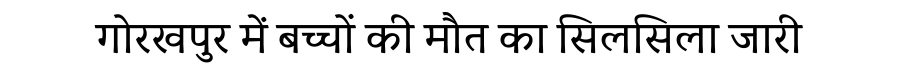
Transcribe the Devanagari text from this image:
गोरखपुर में बच्चों की मौत का सिलसिला जारी